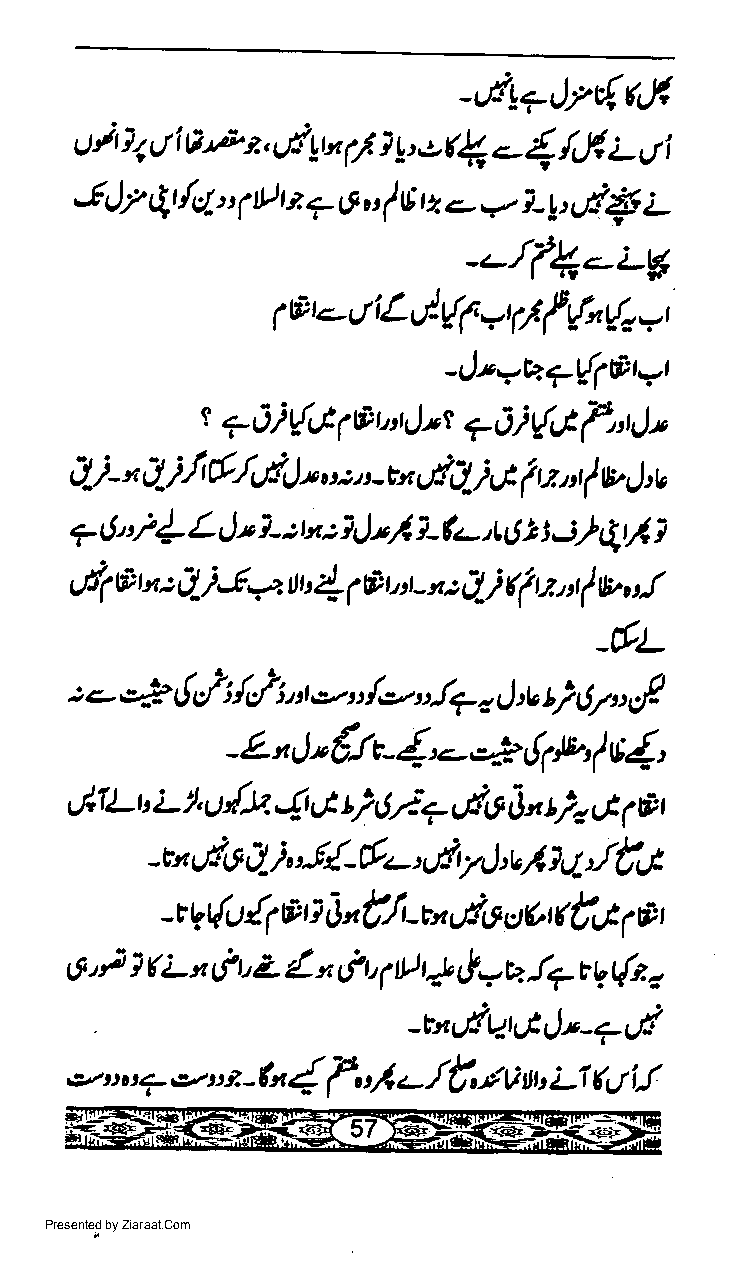
gAllsla.ez,ett,"rs.,'.i{,!'}.|lf
 {u,
 JJ.r 4t {cl-" flltr 7 g u f G q e,- r,. l-t' tl$ i-
 _-,rl(._i_g
 trut,i
 ilp'.-rriLJ-#='6f
 -Jr1V7{Sri'qt
 t                 *Oi{'tt"tJt
 7OifuS@r"tJ't
 Ai- " Aii rt/dtJ' u : j, l t r - ltx elij LJt f n nr f E ! :v
 rf   L,)'                    i) ql t
 7 6'        1-: tx:    ?-fu-,t t
 rJ t
 J
 ,4 CI r" : 4i a y1s) . 1 @ t.,r t -', : J-/ q " " I Y
 -lrL
 t.- o+ 6,/ ltl  o., /o,,,4     t)lv r,f
 i  i             z J ru
 "t
 j
 - Z- n * {.1 e- {, - +,!r tb, I v 1,
 pt
 tlfl-r' z- 1, u{lt 4 G t 2,b: *,.{,1 $" th A
 Jt.t
 *n,.Eo  h'l{-frr-'9dy   /
 cl              J'u } ct
 {f
 -t Vr{o a o O "tl ',c,',-dt ct6( tG ( a t
 6'i X L  f t' Z L n fl 4 rA p !.u. !7 t tz t{a,
 "
 w,.lu-1jlr_7,,t
 .2,,u7        I        /t         (JiJ
 ezt'?. -(x 7"1.-     SV ttb L1
 Presented by Ziaraat.Com